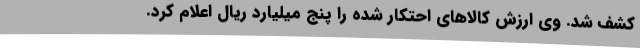
کشف شد. وی ارزش کالاهای احتکار شده را پنج میلیارد ریال اعلام کرد.